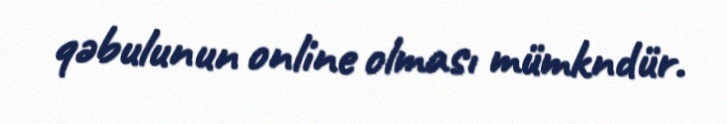
qəbulunun online olması mümkndür.